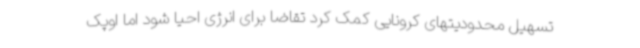
تسهیل محدودیتهای کرونایی کمک کرد تقاضا برای انرژی احیا شود اما اوپک